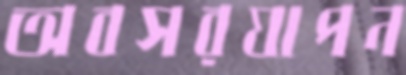
অবসরযাপন